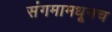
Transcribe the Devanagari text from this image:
संगमामधूनच